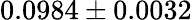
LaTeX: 0.0984\pm 0.0032